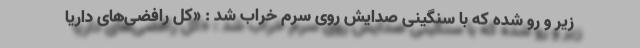
زیر و رو شده که با سنگینی صدایش روی سرم خراب شد : «کل رافضی‌های داریا